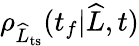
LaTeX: \rho_{\widehat{L}_{\mathrm{ts}}}(t_{f}|\widehat{L},t)